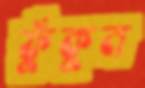
ফুঁকুন